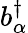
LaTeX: b_{\alpha}^{\dagger}